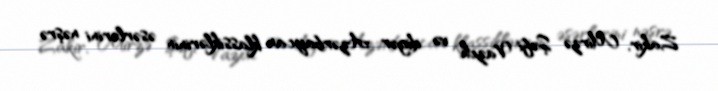
Zakir, Mirzə Şəfi Vazeh və digər Azərbaycan klassiklərinin əsərlərini nəşrə